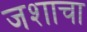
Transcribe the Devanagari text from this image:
जशाचा